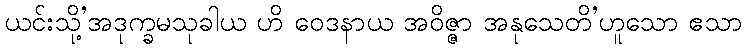
ယင်းသို့’အဒုက္ခမသုခါယ ဟိ ဝေဒနာယ အဝိဇ္ဇာ အနုသေတိ’ဟူသော ဧသာ